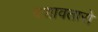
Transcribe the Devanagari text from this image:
दशावतारो